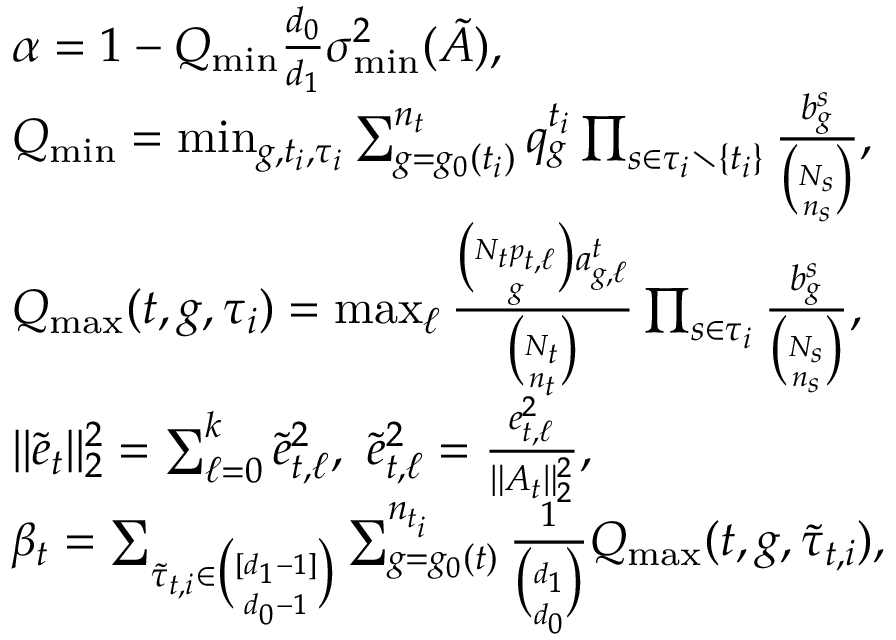
\begin{array} { r l } & { \alpha = 1 - Q _ { \operatorname* { m i n } } \frac { d _ { 0 } } { d _ { 1 } } \sigma _ { \operatorname* { m i n } } ^ { 2 } ( \tilde { A } ) , } \\ & { Q _ { \operatorname* { m i n } } = \operatorname* { m i n } _ { g , t _ { i } , \tau _ { i } } \sum _ { g = g _ { 0 } ( { t _ { i } } ) } ^ { n _ { t } } q _ { g } ^ { t _ { i } } \prod _ { s \in \tau _ { i } \setminus \{ t _ { i } \} } \frac { b _ { g } ^ { s } } { \binom { N _ { s } } { n _ { s } } } , } \\ & { Q _ { \operatorname* { m a x } } ( t , g , \tau _ { i } ) = \operatorname* { m a x } _ { \ell } \frac { \binom { N _ { t } p _ { t , \ell } } { g } a _ { g , \ell } ^ { t } } { \binom { N _ { t } } { n _ { t } } } \prod _ { s \in \tau _ { i } } \frac { b _ { g } ^ { s } } { \binom { N _ { s } } { n _ { s } } } , } \\ & { \| \widetilde { e } _ { t } \| _ { 2 } ^ { 2 } = \sum _ { \ell = 0 } ^ { k } \Tilde { e } _ { t , \ell } ^ { 2 } , ~ \Tilde { e } _ { t , \ell } ^ { 2 } = \frac { e _ { t , \ell } ^ { 2 } } { \| A _ { t } \| _ { 2 } ^ { 2 } } , } \\ & { \beta _ { t } = \sum _ { \Tilde { \tau } _ { t , i } \in \binom { [ d _ { 1 } - 1 ] } { d _ { 0 } - 1 } } \sum _ { g = g _ { 0 } ( { t } ) } ^ { n _ { t _ { i } } } \frac { 1 } { \binom { d _ { 1 } } { d _ { 0 } } } Q _ { \operatorname* { m a x } } ( t , g , \tilde { \tau } _ { t , i } ) , } \end{array}